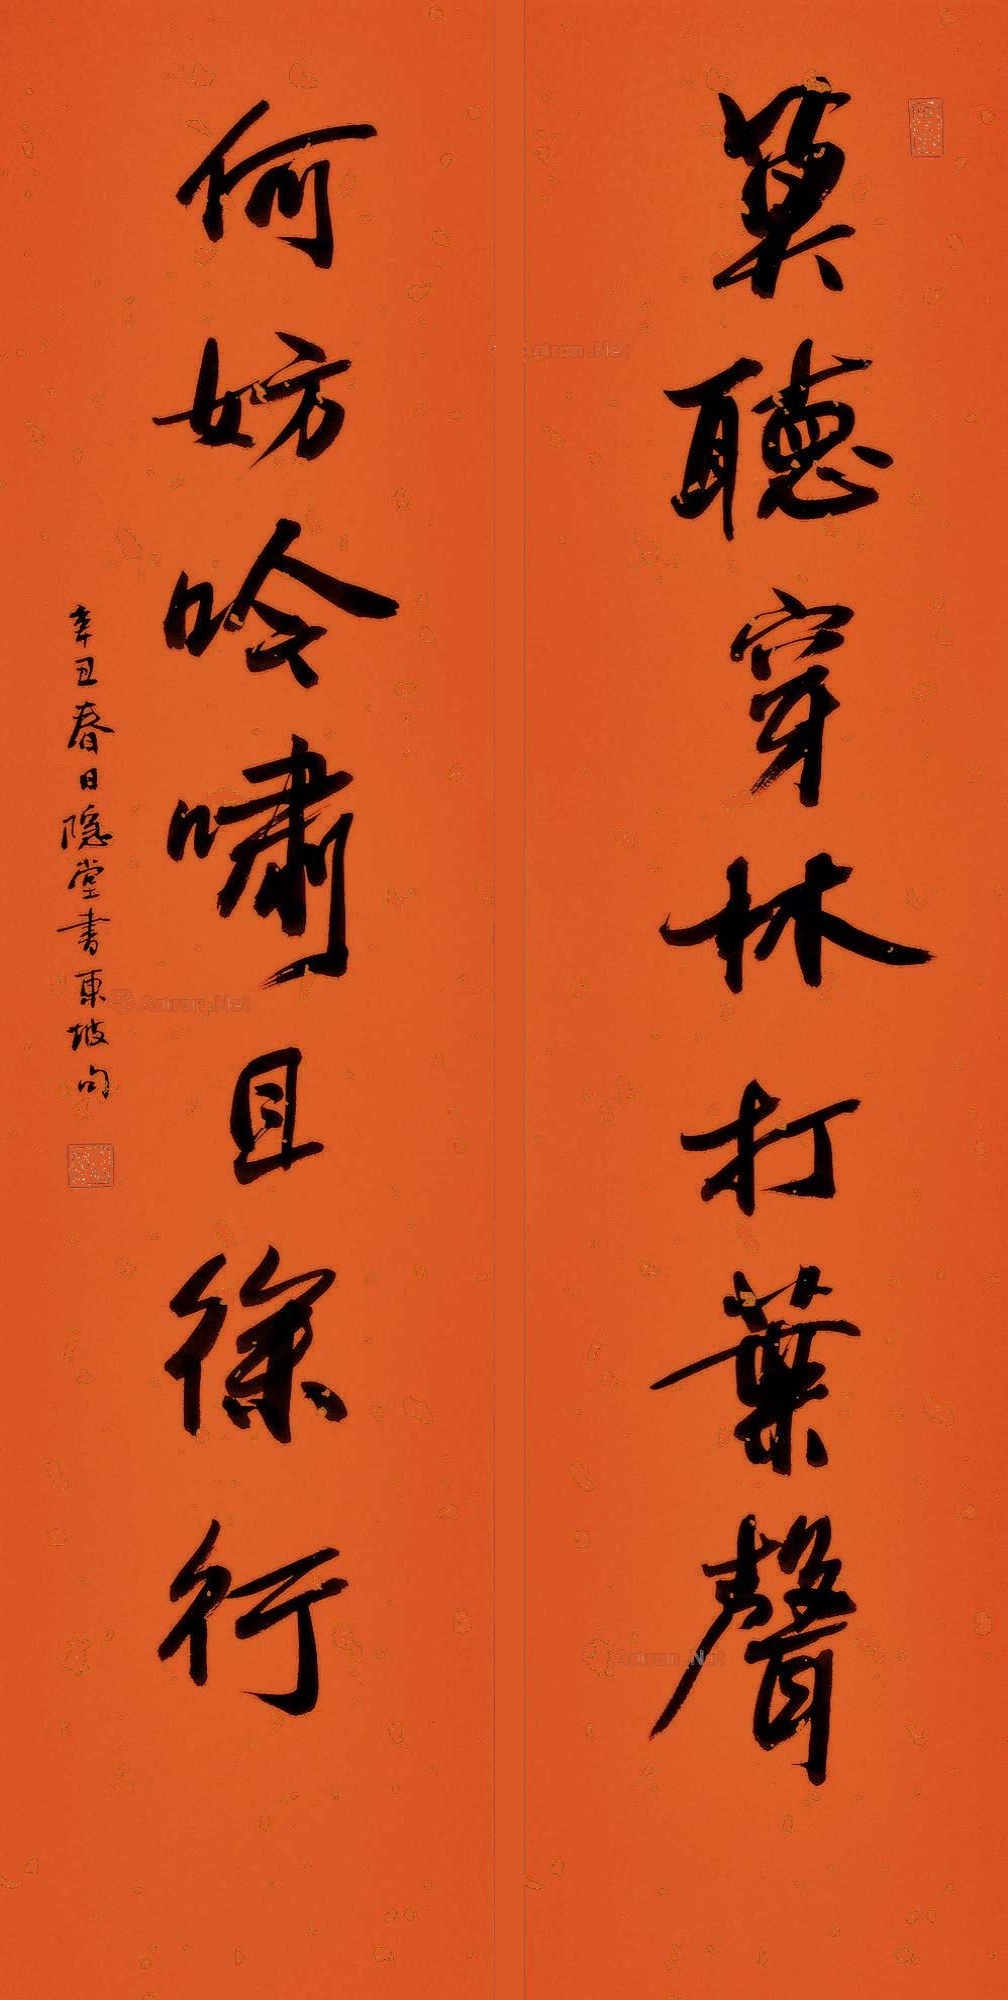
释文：莫听穿林打叶声，何妨吟啸且徐行。辛丑春日，隐堂书东坡句。